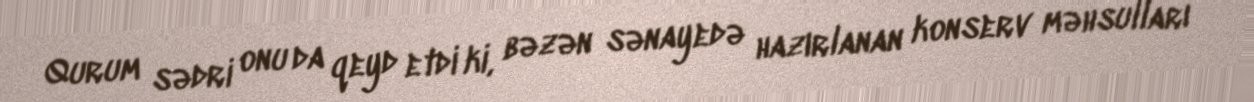
Qurum sədri onu da qeyd etdi ki, bəzən sənayedə hazırlanan konserv məhsulları